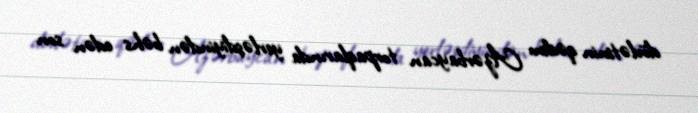
dövlətinin qədim Azərbaycan torpaqlarında yerləşdiyindən bəhs edən son